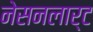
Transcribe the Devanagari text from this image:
नेसनलार्ट